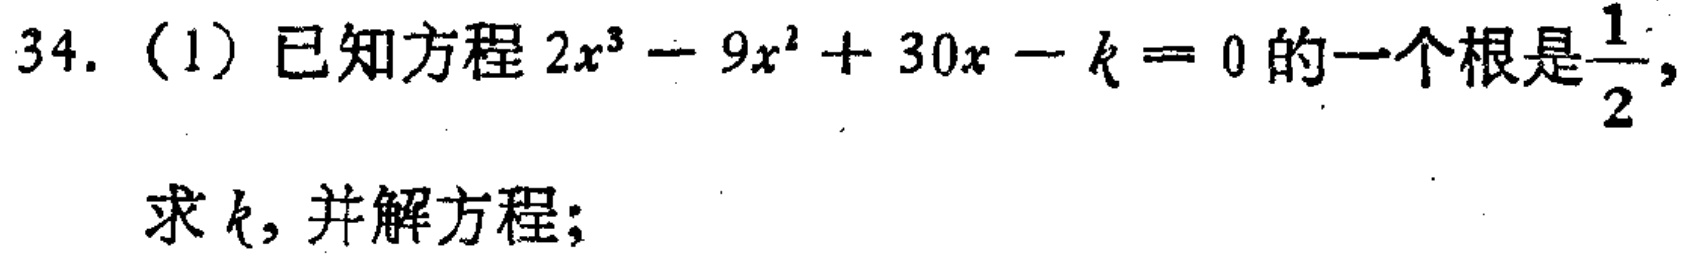
34. (1) 已知方程 \(2x^{3}-9x^{2}+30x - k = 0\) 的一个根是 \(\frac{1}{2}\)，求 \(k\)，并解方程；